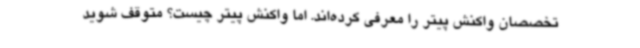
تخصصان واکنش پیتر را معرفی کرده‌اند. اما واکنش پیتر چیست؟ متوقف شوید